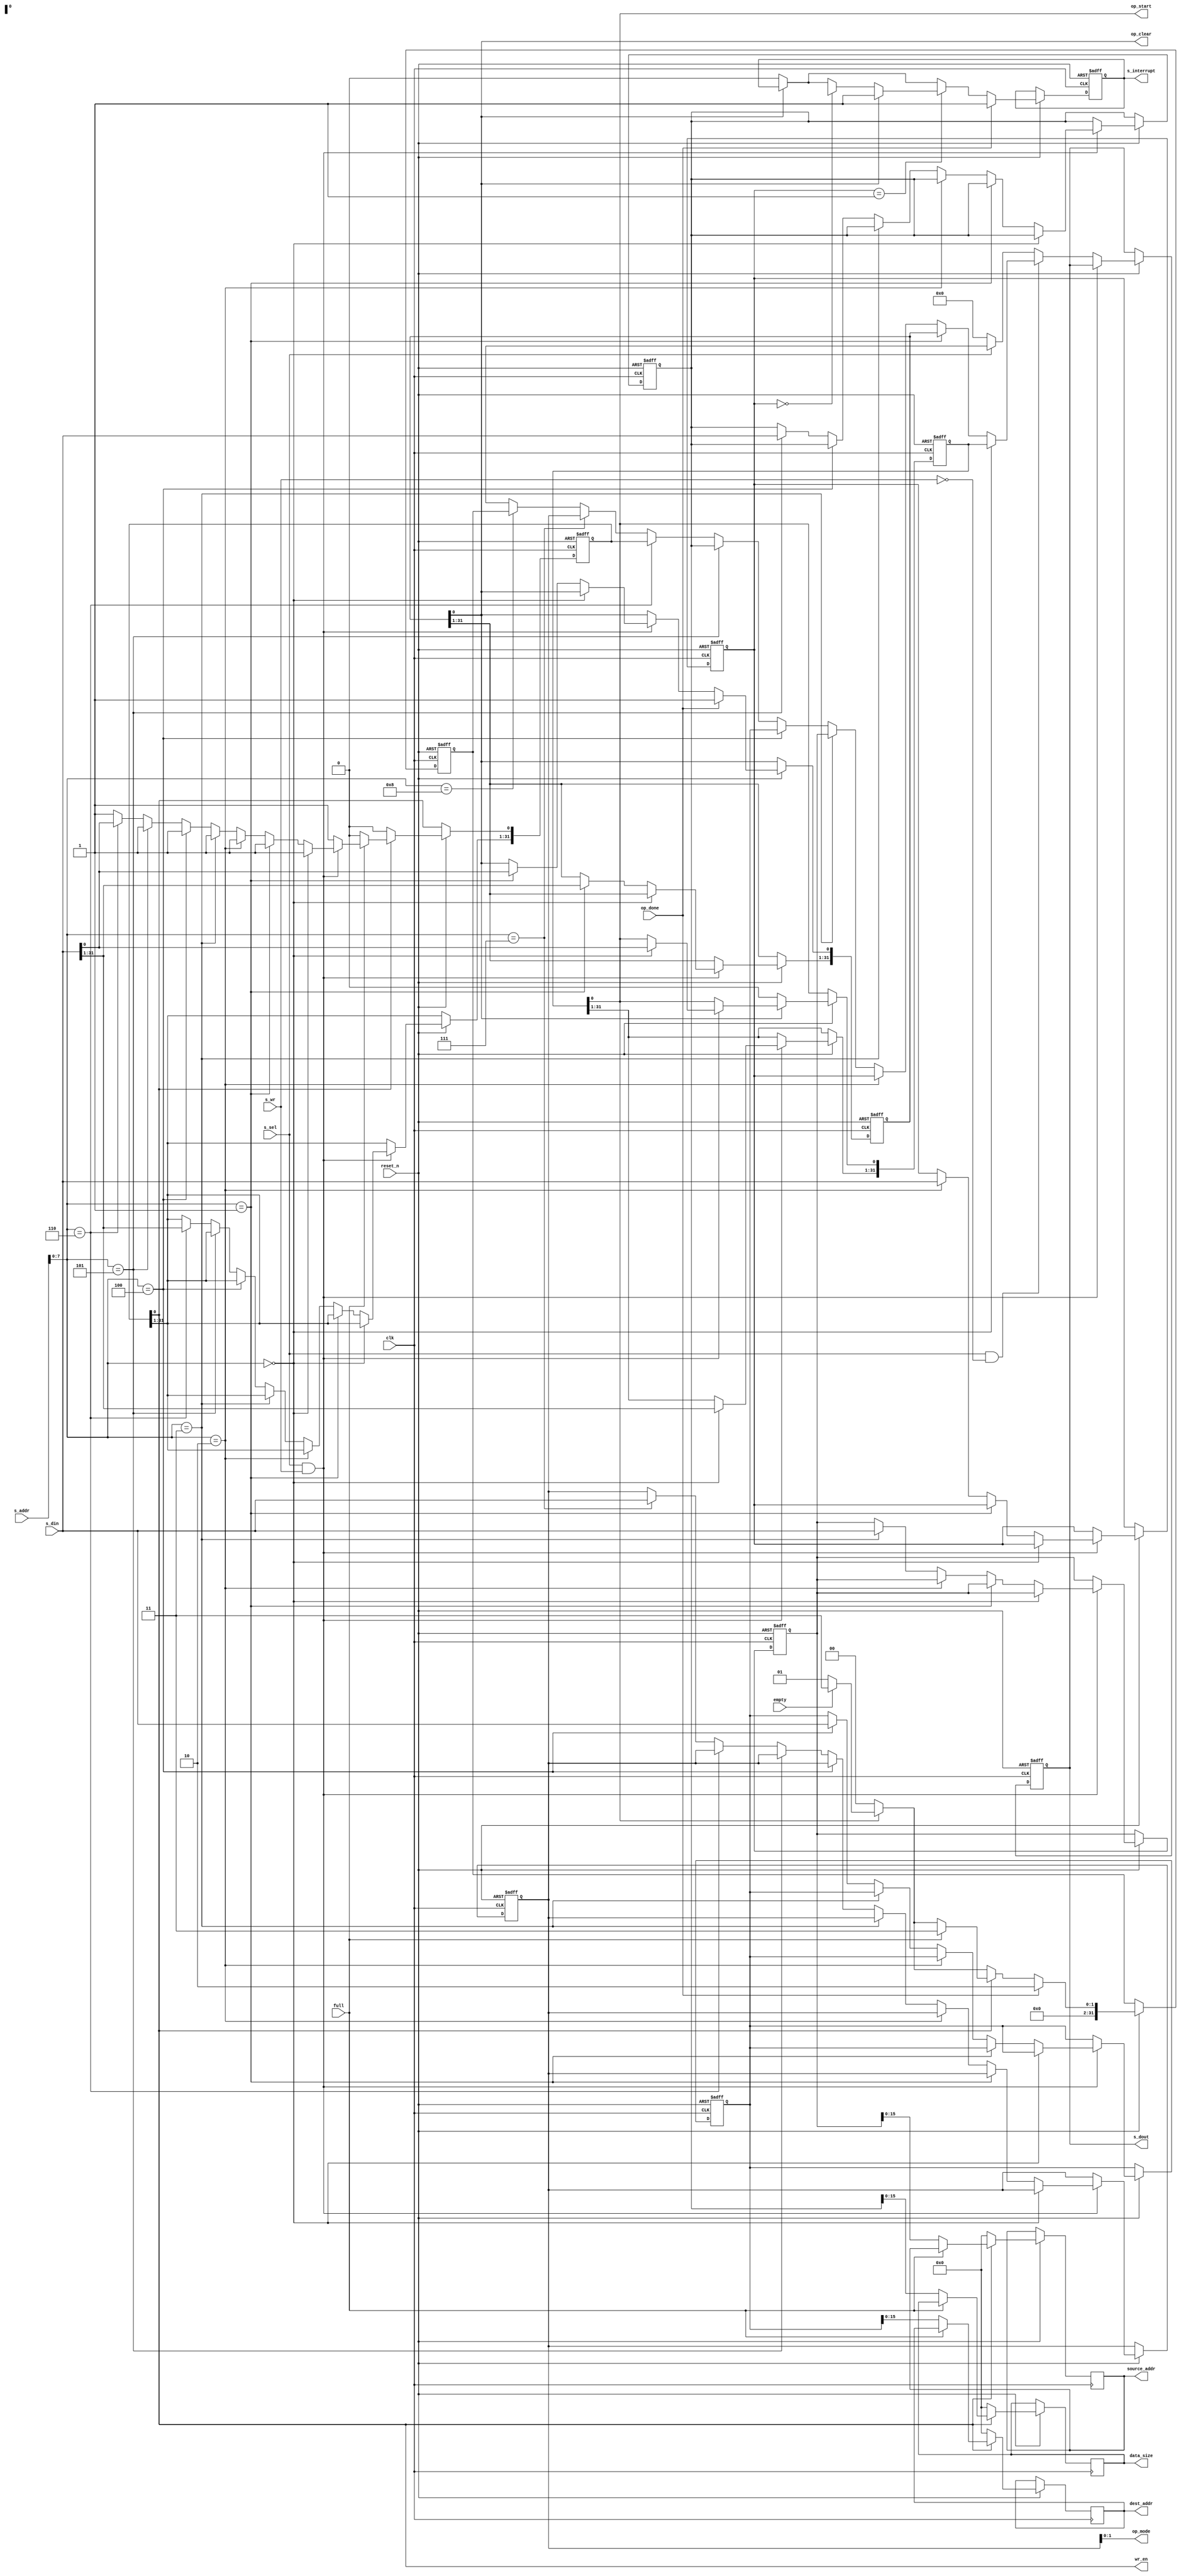
module DMAC_slave(clk, reset_n, s_sel, s_wr, op_done, op_clear, s_addr, s_din, source_addr, dest_addr, data_size, op_start, s_interrupt, wr_en, s_dout, op_mode, empty, full);
	input clk, reset_n, s_sel, s_wr, op_done;
	input [15:0] s_addr;
	input [31:0] s_din;
	input empty, full;
	
	output reg [15:0] source_addr, dest_addr, data_size;
	output op_start, op_clear, wr_en;
	output reg s_interrupt;
	output reg [31:0] s_dout;
	output [1:0] op_mode;
	
	parameter Waiting = 2'b00;
	parameter Executing = 2'b01;
	parameter Done = 2'b10;
	parameter Fault = 2'b11;

	reg[31:0] OPERATION_START; //OPERATION_START
	reg[31:0] INTERRUPT; //INTERRUPT
	reg[31:0] INTERRUPT_ENABLE; //INTERRUPT_ENABLE
	reg[31:0] SOURCE_ADDRESS; //SOURCE_ADDRESS
	reg[31:0] DESTINATION_ADDRESS; //DESTINATION_ADDRESS
	reg[31:0] DATA_SIZE; //DATA_SIZE
	// reg[31:0] DESCRIPTOR_SIZE; //DESCRIPTOR_SIZE
	reg[31:0] DESCRIPTOR_PUSH; //DESCRIPTOR_SIZE
	reg[31:0] OPERATION_MODE; //OPERATION_MODE
	reg[31:0] DMA_STATUS; //DMA_STATUs

	assign op_start 		= OPERATION_START[0];
	assign op_clear		= INTERRUPT[0];
	assign wr_en 			= DESCRIPTOR_PUSH[0];
	assign op_mode 		= OPERATION_MODE[1:0];
	
	always @ (posedge clk or negedge reset_n)
		begin
			if(reset_n == 1'b0)
				begin
					OPERATION_START = 32'h0000_0000; //OPERATION_START
					INTERRUPT = 32'h0000_0000; //INTERRUPT
					INTERRUPT_ENABLE = 32'h0000_0000; //INTERRUPT_ENABLE
					SOURCE_ADDRESS = 32'h0000_0000; //SOURCE_ADDRESS
					DESTINATION_ADDRESS = 32'h0000_0000; //DESTINATION_ADDRESS
					DATA_SIZE = 32'h0000_0000; //DATA_SIZE
					// DESCRIPTOR_SIZE = 32'h0000_0000; //DESCRIPTOR_SIZE
					DESCRIPTOR_PUSH = 32'h0000_0000;
					OPERATION_MODE = 32'h0000_0000; //OPERATION_MODE
					DMA_STATUS <= 32'h0000_0000; //DMA_STATUS
					s_dout = 32'h0000_0000;
					s_interrupt = 1'b0;
				end
			else if(reset_n == 1'b1)
				begin
					if((s_sel == 1) && (s_wr == 1))	// write
						begin
							if(s_addr[7:0] == 8'b0000_0000)
								OPERATION_START <= s_din;
							else if(s_addr[7:0] == 8'b0000_0001)
								INTERRUPT <= s_din;
							else if(s_addr[7:0] == 8'b0000_0010)
								INTERRUPT_ENABLE <= s_din;
							else if(s_addr[7:0] == 8'b0000_0011)
								SOURCE_ADDRESS <= s_din;
							else if(s_addr[7:0] == 8'b0000_0100)
								DESTINATION_ADDRESS <= s_din;
							else if(s_addr[7:0] == 8'b0000_0101)
								DATA_SIZE <= s_din;
							else if(s_addr[7:0] == 8'b0000_0110)
								DESCRIPTOR_PUSH <= s_din;
							else if(s_addr[7:0] == 8'b0000_0111)
								OPERATION_MODE <= s_din;
							/*
							else if(s_addr[7:0] == 8'b0000_1000)
								DMA_STATUS = s_din;
							*/
							else;	
						end
				
					else if((s_sel == 1) && (s_wr == 0))  // read
						begin
							if(s_addr[7:0] == 8'b0000_0000)
								s_dout <= OPERATION_START;
							else if(s_addr[7:0] == 8'b0000_0001)
								s_dout <= INTERRUPT;
							else if(s_addr[7:0] == 8'b0000_0010)
								s_dout <= INTERRUPT_ENABLE;
							else if(s_addr[7:0] == 8'b0000_0011)
								s_dout <= SOURCE_ADDRESS;
							else if(s_addr[7:0] == 8'b0000_0100)
								s_dout <= DESTINATION_ADDRESS;
							else if(s_addr[7:0] == 8'b0000_0101)
								s_dout <= DATA_SIZE;
							else if(s_addr[7:0] == 8'b0000_0110)
								s_dout <= DESCRIPTOR_PUSH;
							else if(s_addr[7:0] == 8'b0000_0111)
								s_dout <= OPERATION_MODE;
							else if(s_addr[7:0] == 8'b0000_1000)
								s_dout <= DMA_STATUS;
							else
								s_dout <= 32'hxxxx_xxxx;
						end
					else if(s_sel == 1'b0)
						s_dout = 32'h0000_0000; // default case
					else
						s_dout = 32'hxxxx_xxxx; // error

					if(OPERATION_START[0] == 1'b0)
						DMA_STATUS <= 2'b00;
					else if(OPERATION_START[0] == 1'b1) 
						begin
							if(empty == 1'b1)		// fifo empty
								DMA_STATUS <= 2'b11; 
							else if(empty == 1'b0)
								DMA_STATUS <= 2'b01;
							else
								DMA_STATUS <= 2'bxx;
						end
					else ;
							
					if(INTERRUPT[0] == 1'b0) 
						begin
							s_interrupt = 1'b0;
							OPERATION_START[0] <= 1'b0;
						end
						/*
					else if(INTERRUPT[0] == 1'b1)
						begin
							s_interrupt = 1'b1;
							OPERATION_START[0] = 1'b0;
						end
						*/
					else ;
					
					if(INTERRUPT_ENABLE == 1'b1) 
						if(INTERRUPT[0] == 1'b1)
							s_interrupt <= 1'b1;
					else if(INTERRUPT_ENABLE == 1'b0)
						if(INTERRUPT[0] == 1'b1)
							s_interrupt <= 1'b0;		
					else
						s_interrupt <= 1'bx;
						
					if(DESCRIPTOR_PUSH[0] == 1'b1) // push to fifo
						begin
							if(full == 1'b1) // fifo is full (error)
								DMA_STATUS <= 2'b11;
							else if(full == 1'b0) // fifo is not full
								begin
									source_addr <= SOURCE_ADDRESS[15:0];
									dest_addr <= DESTINATION_ADDRESS[15:0];
									data_size <= DATA_SIZE[15:0];
									DESCRIPTOR_PUSH[0] <= 1'b0;
								end
						end
					else if(DESCRIPTOR_PUSH[0] == 1'b0)
						begin
							source_addr <= 16'h0;
							dest_addr <= 16'h0;
							data_size <= 16'h0;
							DESCRIPTOR_PUSH[0] <= 1'b0;
						end	
					else ;
						
					if(op_done == 1'b1) 
						begin
							INTERRUPT[0] <= 1'b1;
							s_interrupt <= 1'b1;
							// op_start = 1'b0; 
							DMA_STATUS <= 2'b10; 
						end
					else ;
				end
				else ;
		end
endmodule